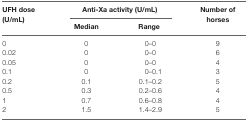
| <ROWSPAN=2> UFH dose (U/mL) | <COLSPAN=2> Anti-Xa activity (U/mL) | <ROWSPAN=2> Number of horses |
 | Median | Range |
 | --- | --- | --- | --- |
 | 0 | 0 | 0–0 | 9 |
 | 0.02 | 0 | 0–0 | 6 |
 | 0.05 | 0 | 0–0 | 4 |
 | 0.1 | 0 | 0–0.1 | 3 |
 | 0.2 | 0.1 | 0.1–0.2 | 5 |
 | 0.5 | 0.3 | 0.2–0.6 | 4 |
 | 1 | 0.7 | 0.6–0.8 | 4 |
 | 2 | 1.5 | 1.4–2.9 | 5 |